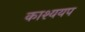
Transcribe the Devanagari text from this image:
काश्ययप